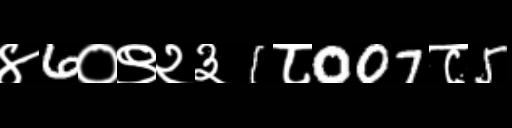
Text: ४6०९२३1८007८5